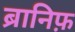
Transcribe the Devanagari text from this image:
ब्रानिफ़